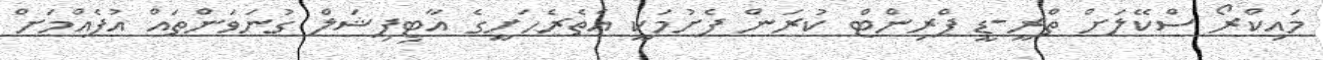
މައިކްރޯ ސްކޭލަށް ތްރީ-ޑީ ޕްރިންޓް ކުރަން ފެށުމަކީ އެތެރެހަށީގެ އާޓިފިޝަލް ގުނަވަންތައް އުފެއްމަށް